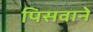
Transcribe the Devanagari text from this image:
पिसवाने